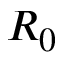
R _ { 0 }